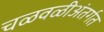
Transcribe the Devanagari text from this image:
चळवळीअंतर्गत